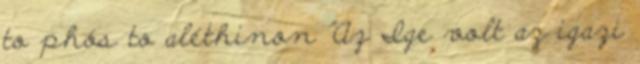
to phós to aléthinon "Az Ige volt az igazi